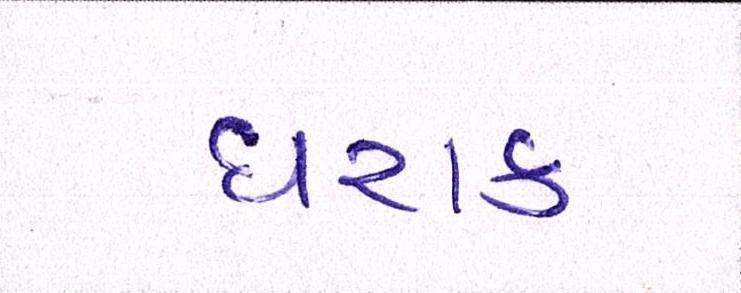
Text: ઘરાક